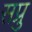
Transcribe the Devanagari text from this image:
सप्रु